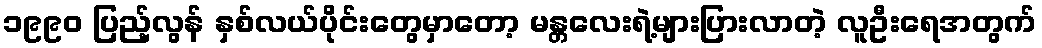
၁၉၉၀ ပြည့်လွန် နှစ်လယ်ပိုင်းတွေမှာတော့ မန္တလေးရဲ့များပြားလာတဲ့ လူဦးရေအတွက်